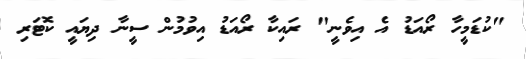
"ކުޑަމީހާ ރޯއަޑު އެ އިވެނީ" ރައިކާ ރޯއަޑު އިވުމުން ސީނާ ދިޔައީ ކޮޓަރި